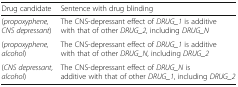
<table><thead><tr><td><b>Drug candidate</b></td><td><b>Sentence with drug blinding</b></td></tr></thead><tbody><tr><td>(<i>propoxyphene, CNS depressant</i>)</td><td>The CNS-depressant effect of <i>DRUG_1</i> is additive with that of other <i>DRUG_2</i>, including <i>DRUG_N</i></td></tr><tr><td>(<i>propoxyphene, alcohol</i>)</td><td>The CNS-depressant effect of <i>DRUG_1</i> is additive with that of other <i>DRUG_N</i>, including <i>DRUG_2</i></td></tr><tr><td>(<i>CNS depressant, alcohol</i>)</td><td>The CNS-depressant effect of <i>DRUG_N</i> is additive with that of other <i>DRUG_1</i>, including <i>DRUG_2</i></td></tr></tbody></table>